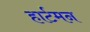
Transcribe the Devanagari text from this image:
हार्टमन